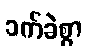
ခက်ခဲစွာ